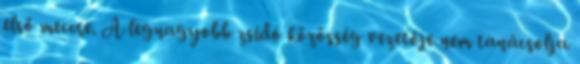
első meccse. A legnagyobb zsidó közösség vezetője nem tanácsolja